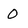
Character: 0